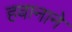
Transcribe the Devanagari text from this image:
हवानाने